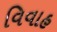
વિવાહ